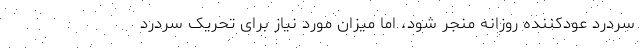
سردرد عودکننده روزانه منجر شود، اما میزان مورد نیاز برای تحریک سردرد